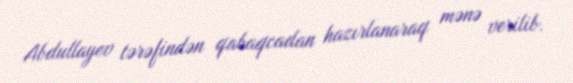
Abdullayev tərəfindən qabaqcadan hazırlanaraq mənə verilib.